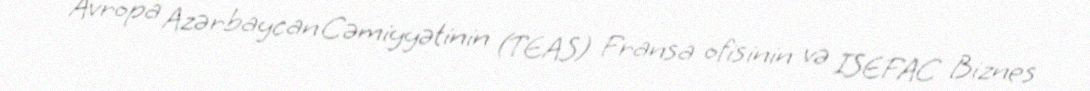
Avropa Azərbaycan Cəmiyyətinin (TEAS) Fransa ofisinin və ISEFAC Biznes